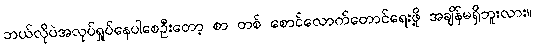
ဘယ်လိုပဲအလုပ်ရှုပ်နေပါစေဦးတော့ စာ တစ် စောင်လောက်တောင်ရေးဖို့ အချိန်မရှိဘူးလား။